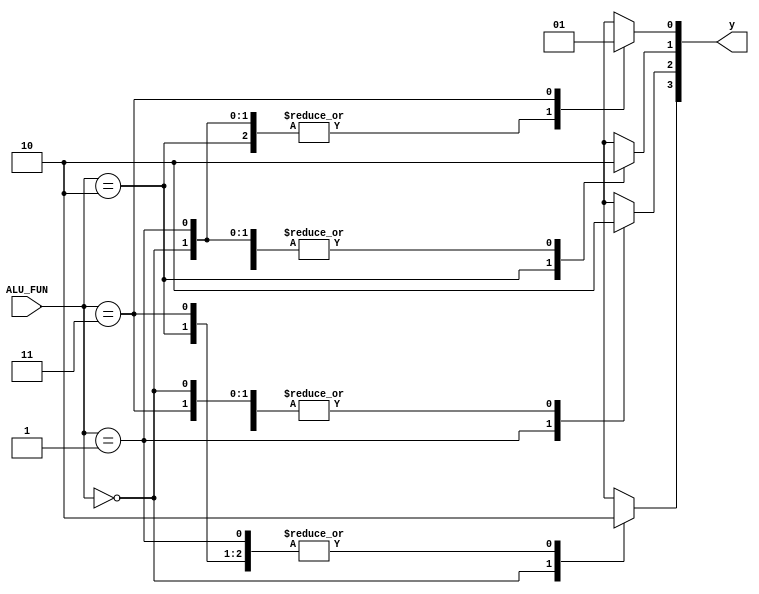
/*Decoder Unit responsibles for enable which Function 
to operate according to the highest Most significant 2-bit
of the ALU_FUNC control bus ALU_FUNC [3:2] */

//Module name
module Decoder_2x4(
  input [1:0] ALU_FUN,  
  output reg [3:0] y
);

always@(*)
  begin
    
    case(ALU_FUN)
        //Arith_En
        2'b00:  begin  
                  y[3] = 1'b1;
                  y[2] = 1'b0;
                  y[1] = 1'b0;
                  y[0] = 1'b0;
                end 
        
        //Logic_En
        2'b01:  begin  
                  y[3] = 1'b0;
                  y[2] = 1'b1;
                  y[1] = 1'b0;
                  y[0] = 1'b0;
                end
        
        //CMP_EN
        2'b10:  begin  
                  y[3] = 1'b0;
                  y[2] = 1'b0;
                  y[1] = 1'b1;
                  y[0] = 1'b0;
                end
        
        //SHIFT_EN
        2'b11:  begin  
                  y[3] = 1'b0;
                  y[2] = 1'b0;
                  y[1] = 1'b0;
                  y[0] = 1'b1;
                end
        
        default: begin  
                  y[3] = 1'b1;
                  y[2] = 1'b0;
                  y[1] = 1'b0;
                  y[0] = 1'b0;
                end
    
      endcase
  
  end

endmodule